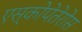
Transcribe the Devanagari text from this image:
एस्कोपेतेरोस